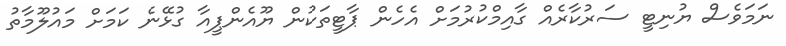
ނަމަވެސް ޔުނިޓީ ސަރުކާރެއް ގާއިމްކުރުމަށް އެހެން ޕާޓީތަކުން ޔޫއެންޕީއާ ގުޅޭނެ ކަމަށް މައުލޫމާތު